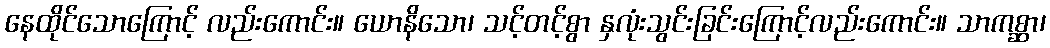
နေထိုင်သောကြောင့် လည်းကောင်း။ ယောနိသော၊ သင့်တင့်စွာ နှလုံးသွင်းခြင်းကြောင့်လည်းကောင်း။ သာကစ္ဆာ၊